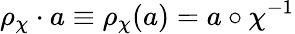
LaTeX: \rho_{\chi}\cdot a\equiv\rho_{\chi}(a)=a\circ\chi^{-1}